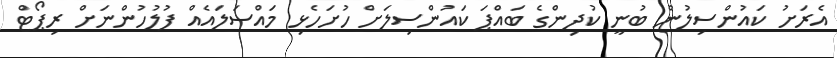
އެރަށު ކައުންސިލުން ބުނީ ކުދިންގެ ބައްޕަ ކައުންސިލަށް ހުށަހެޅި މައްސަލައެއް ފުލުހުންނަށް ރިޕޯޓް